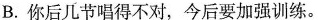
B.你后几节唱得不对，今后要加强训练。